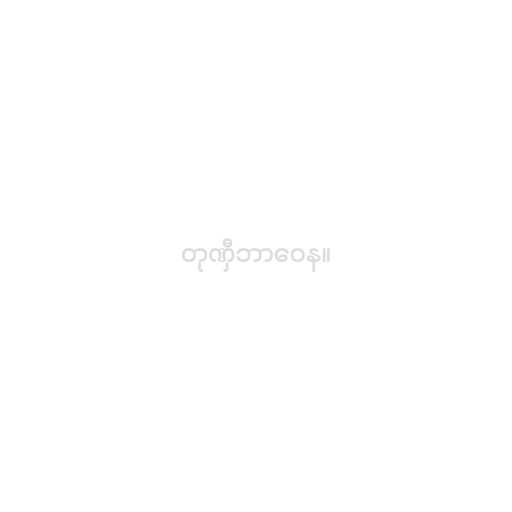
တုဏှီဘာဝေန။